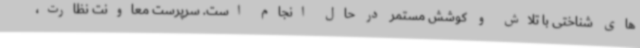
های شناختی با تلاش و کوشش مستمر در حال انجام است. سرپرست معاونت نظارت،